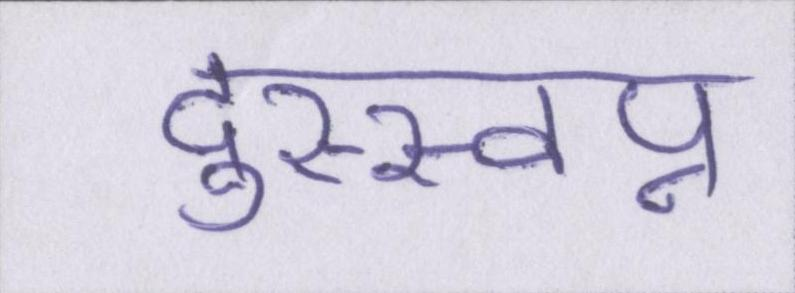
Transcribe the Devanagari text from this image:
दुस्स्वप्न